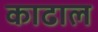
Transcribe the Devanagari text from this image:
काढाल